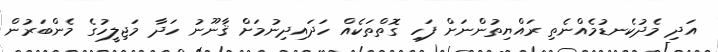
އަދި މެދުކެނޑުމެއްނެތި ރައްޔިތުންނަށް ފަހި ގޮތްތަކެއް ހަދައިދިނުމަށް ޤާނޫނު ހަދާ މަޖިލީހުގެ މެންބަރުން